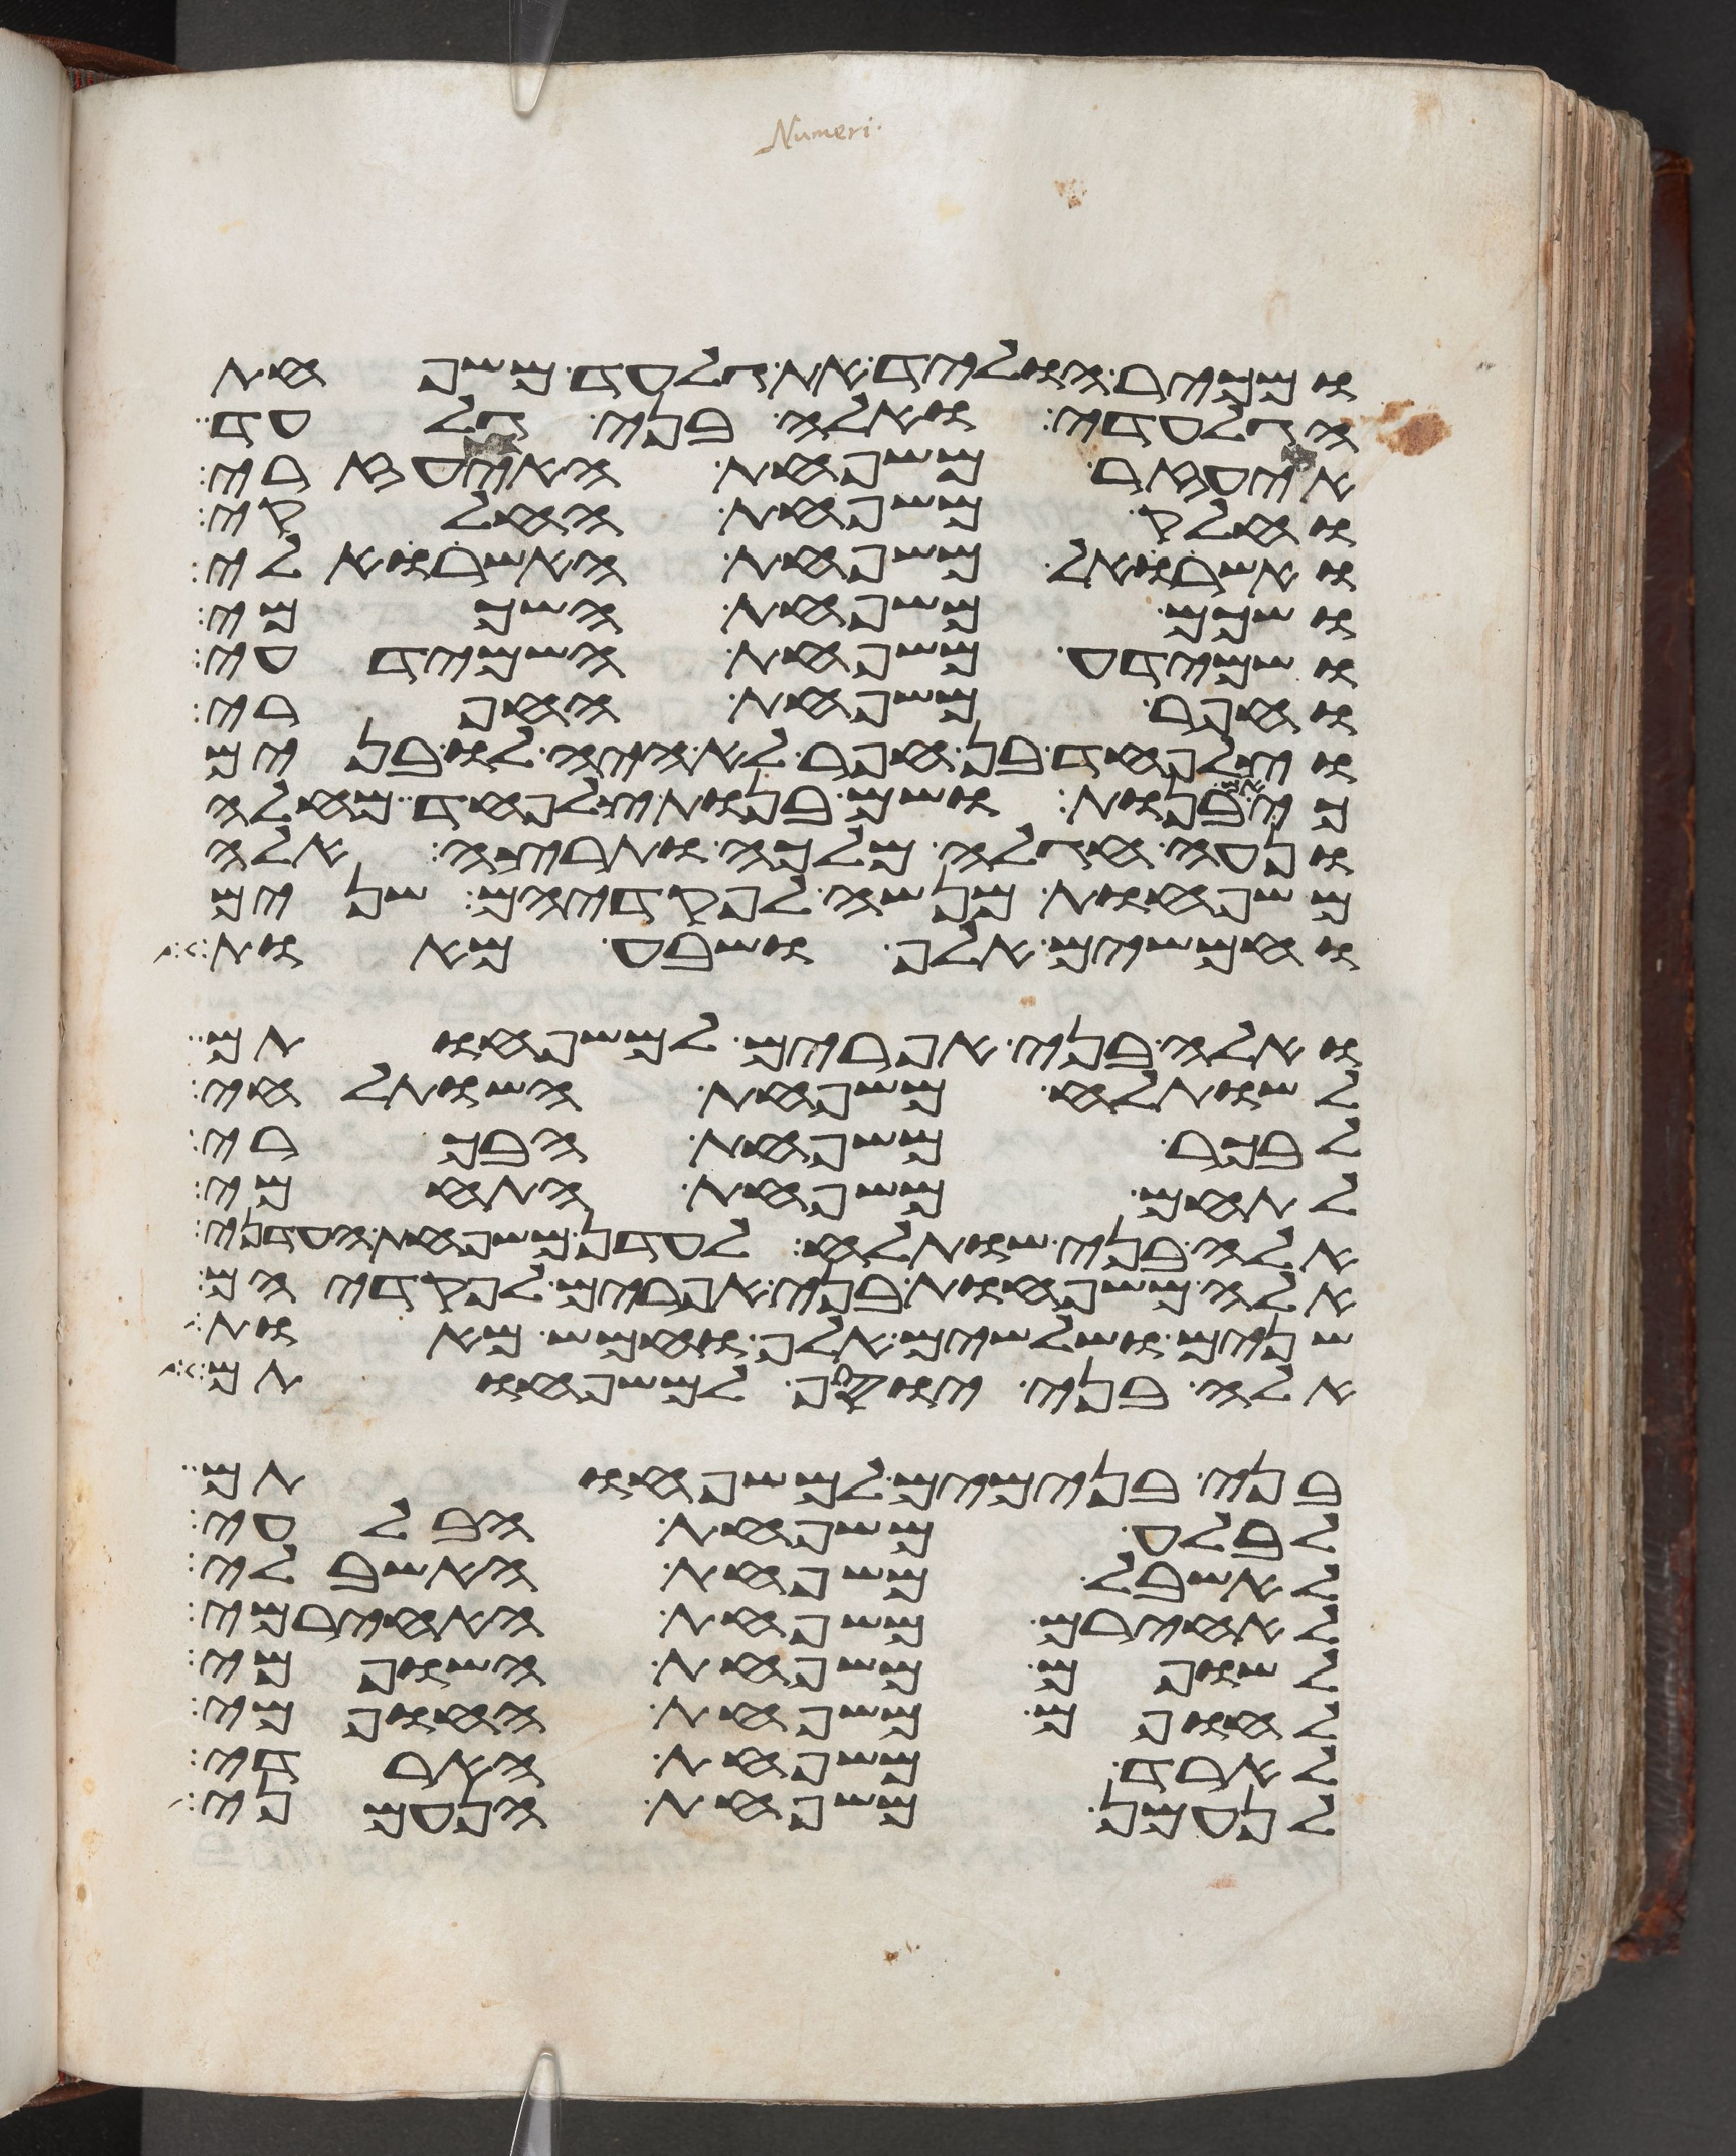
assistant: ומכיר הוליד את גלעד משפחת
הגלעדי אלה בני גלעד
איעזר משפחת האיעזרי
וחלק משפחת החלקי
ואשרואל משפחת האשרואלי
ושכם משפחת השכמי
ושמידע משפחת השמידעי
וחפר משפחת החפרי
וצלפחד בן חפר לא היה לו בנים
כי אם בנות ושם בנות צלפחד מחלה
ונעה חגלה מלכה ותרצה אלה
משפחות מנשה לפקדיהם שנים
וחמשים אלף ושבע מאות
ואלה בני אפרים למשפחותם
לשותלח משפחת השותלחי
לבכר משפחת הבכרי
לתחם משפחת התחמי
אלה בני שותלח לעדן משפחת העדני
אלה משפחות בני אפרים לפקדיהם
שנים ושלשים אלף וחמש מאות
אלה בני יוסף למשפחותם
בני בנימים למשפחותם
לבלע משפחת הבלעי
לאשבל משפחת האשבלי
לאחירם משפחת האחירמי
לשופם משפחת השופמי
לחופם משפחת החופמי
לארד משפחת הארדי
לנעמן משפחת הנעמני